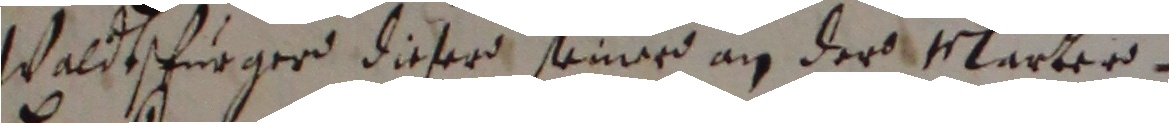
Waldtspurger dieser seiner an der Marter